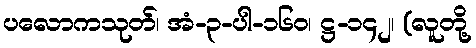
ပလောကသုတ်၊ အံ-၃-ပါ-၁၆၀၊ ဋ္ဌ-၁၄၂၊ (လူတို့